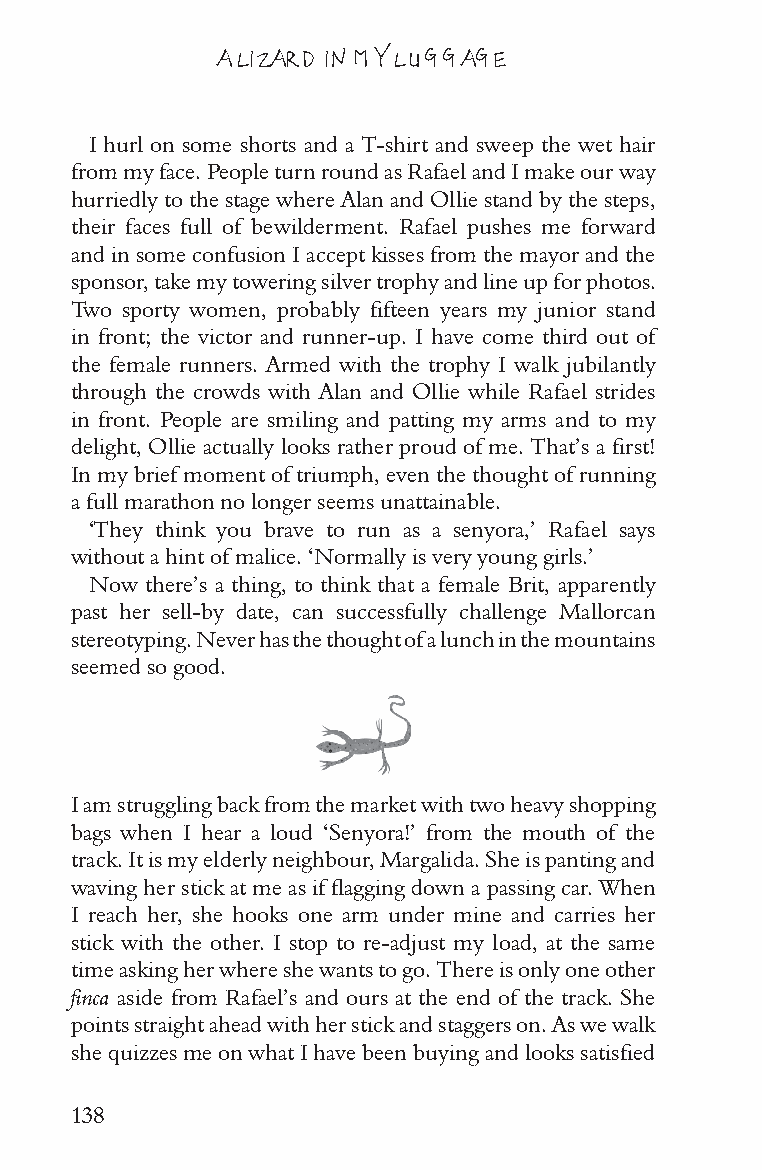
A LIZARD IN MY LUGGAGE
 I hurl on some shorts and a T-shirt and sweep the wet hair
 from my face. People turn round as Rafael and I make our way
 hurriedly to the stage where Alan and Ollie stand by the steps,
 their faces full of bewilderment. Rafael pushes me forward
 and in some confusion I accept kisses from the mayor and the
 sponsor, take my towering silver trophy and line up for photos.
 Two sporty women, probably fifteen years my junior stand
 in front; the victor and runner-up. I have come third out of
 the female runners. Armed with the trophy I walk jubilantly
 through the crowds with Alan and Ollie while Rafael strides
 in front. People are smiling and patting my arms and to my
 delight, Ollie actually looks rather proud of me. That’s a first!
 In my brief moment of triumph, even the thought of running
 a full marathon no longer seems unattainable.
 ‘They think you brave to run as a senyora,’ Rafael says
 without a hint of malice. ‘Normally is very young girls.’
 Now there’s a thing, to think that a female Brit, apparently
 past her sell-by date, can successfully challenge Mallorcan
 stereotyping. Never has the thought of a lunch in the mountains
 seemed so good.
 I am struggling back from the market with two heavy shopping
 bags when I hear a loud ‘Senyora!’ from the mouth of the
 track. It is my elderly neighbour, Margalida. She is panting and
 waving her stick at me as if flagging down a passing car. When
 I reach her, she hooks one arm under mine and carries her
 stick with the other. I stop to re-adjust my load, at the same
 time asking her where she wants to go. There is only one other
 finca aside from Rafael’s and ours at the end of the track. She
 points straight ahead with her stick and staggers on. As we walk
 she quizzes me on what I have been buying and looks satisfied
 138